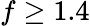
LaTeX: f\geq 1.4